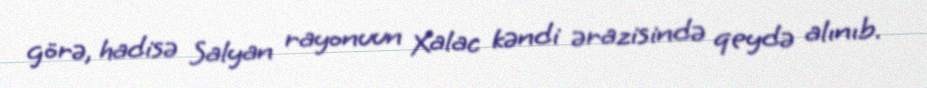
görə, hadisə Salyan rayonuun Xalac kəndi ərazisində qeydə alınıb.